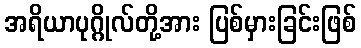
အရိယာပုဂ္ဂိုလ်တို့အား ပြစ်မှားခြင်းဖြစ်